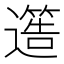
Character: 𮟐